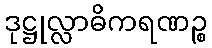
ဒုဋ္ဌုလ္လာဓိကရဏဉ္စ